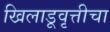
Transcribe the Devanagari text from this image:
खिलाडूवृत्तीचा